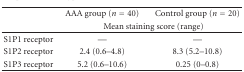
|  | AAA group (n = 40) | Control group (n = 20) |
 |  | <COLSPAN=2> Mean staining score (range) |
 | --- | --- | --- |
 | S1P1 receptor | — | — |
 | S1P2 receptor | 2.4 (0.6–4.8) | 8.3 (5.2–10.8) |
 | S1P3 receptor | 5.2 (0.6–10.6) | 0.25 (0–0.8) |